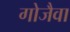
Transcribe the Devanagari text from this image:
गोजैवा